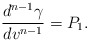
\begin{align*} \frac{d^{n-1}\gamma}{dv^{n-1}}=P_1.\end{align*}